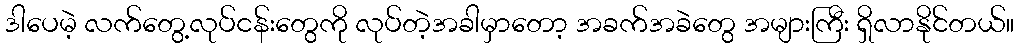
ဒါပေမဲ့ လက်တွေ့လုပ်ငန်းတွေကို လုပ်တဲ့အခါမှာတော့ အခက်အခဲတွေ အများကြီး ရှိလာနိုင်တယ်။